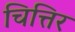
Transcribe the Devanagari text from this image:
चित्तिर